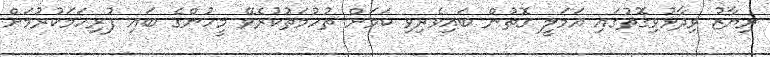
ރިޔާޒު ވިދާޅުވިގޮތުގައި އަމަލީ ގޮތުން ބައިވެރިވި ކަމަށް ތުހުމަތުކުރެވޭ މީހުންގެ ބައި ފުރިހަމަކުރުމަށް